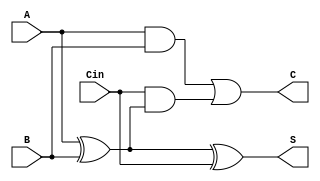
module CarrySaveAdder(
    input [3:0] A,        // 4-bit input A
    input [3:0] B,        // 4-bit input B
    input [3:0] Cin,      // 4-bit carry input
    output [3:0] S,       // 4-bit sum output
    output [3:0] C        // 4-bit carry output
);
    // Perform carry save addition
    assign S = A ^ B ^ Cin;   // Sum output
    assign C = (A & B) | (Cin & (A ^ B)); // Carry output
endmodule